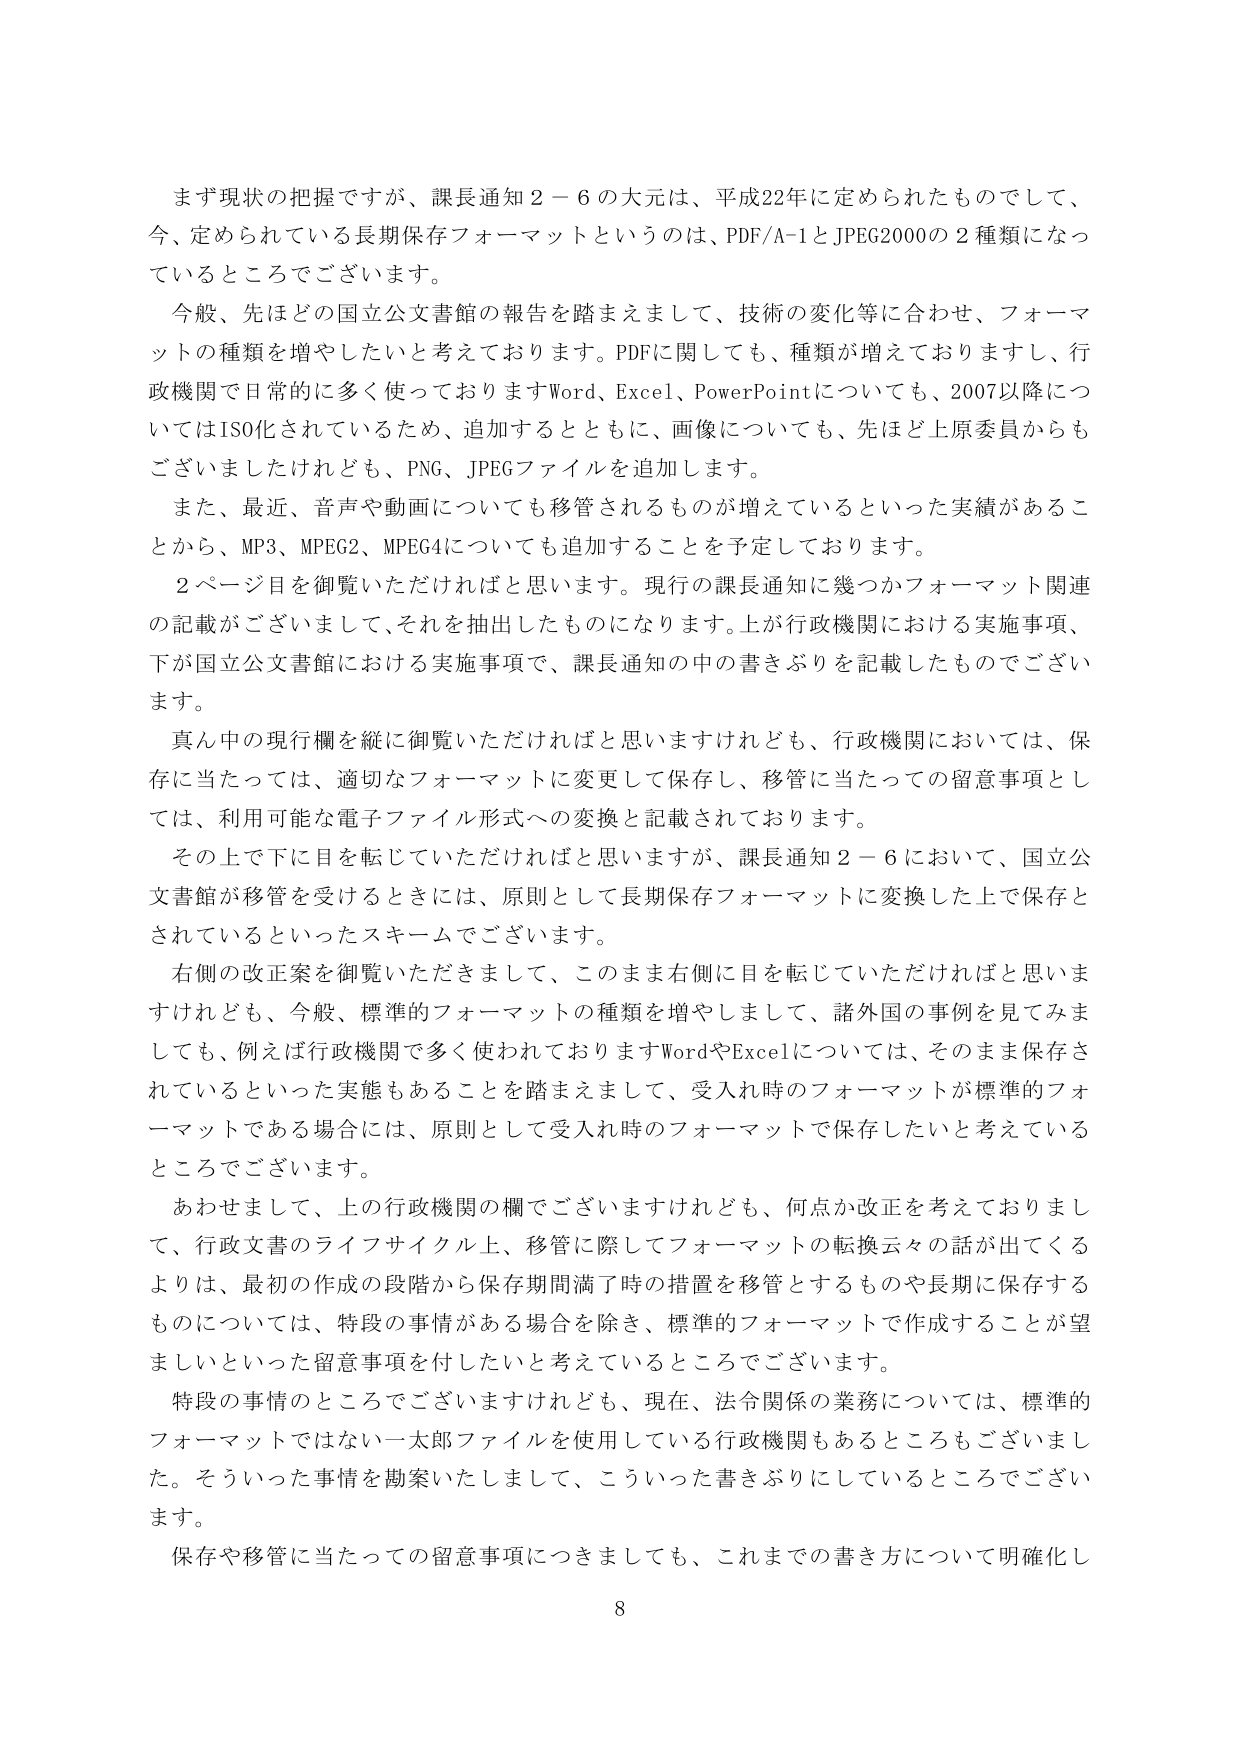
まず現状の把握ですが、課長通知２－６の大元は、平成22年に定められたものでして、
今、定められている長期保存フォーマットというのは、PDF/A-1とJPEG2000の２種類になって
いるところでございます。

今般、先ほどの国立公文書館の報告を踏まえまして、技術の変化等に合わせ、フォーマットの種類を増やしたいと考えております。PDFに関しても、種類が増えておりますし、行政機関で日常的に多く使っておりますWord、Excel、PowerPointについても、2007以降についてはISO化されているため、追加するとともに、画像についても、先ほど上原委員からもございましたけれども、PNG、JPEGファイルを追加します。

また、最近、音声や動画についても移管されるものが増えてきているといった実績があることから、MP3、MPEG2、MPEG4についても追加することを予定しております。

２ページ目を御覧いただければと思います。現行の課長通知に幾つかフォーマット関連の記載がございまして、それを抽出したものになります。上が行政機関における実施事項、下が国立公文書館における実施事項で、課長通知の中の書きぶりを記載したものでございます。

真ん中の現行欄を縦に御覧いただければと思いますけれども、行政機関においては、保存に当たっては、適切なフォーマットに変更して保存し、移管に当たっての留意事項としては、利用可能な電子ファイル形式への変換と記載されております。

その上で下に目を転じていただければと思いますが、課長通知２－６において、国立公文書館が移管を受けるときには、原則として長期保存フォーマットに変換した上で保存とされているといったスキームでございます。

右側の改正案を御覧いただきまして、このまま右側に目を転じていただければと思いますけれども、今般、標準的フォーマットの種類を増やしまして、諸外国の事例を見てみましても、例えば行政機関で多く使われておりますWordやExcelについては、そのまま保存されているといった実態もあることを踏まえまして、受入れ時のフォーマットが標準的フォーマットである場合には、原則として受入れ時のフォーマットで保存したいと考えているところでございます。

あわせまして、上の行政機関の欄でございますけれども、何点か改正を考えておりまして、行政文書のライフサイクル上、移管に際してフォーマットの転換云々の話が出てくるよりは、最初の作成の段階から保存期間満了時の措置を移管とするものや長期に保存するものについては、特段の事情がある場合を除き、標準的フォーマットで作成することが望ましいといった留意事項を付したいと考えているところでございます。

特段の事情のところでございますけれども、現在、法令関係の業務については、標準的フォーマットではない一太郎ファイルを使用している行政機関もあるところもございました。そういった事情を勘案いたしまして、こういった書きぶりにしているところでございます。

保存や移管に当たっての留意事項につきましても、これまでの書き方について明確化し

8